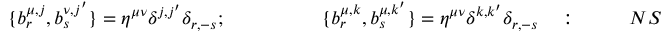
\{ b _ { r } ^ { \mu , j } , b _ { s } ^ { \nu , j ^ { \prime } } \} = \eta ^ { \mu \nu } \delta ^ { j , j ^ { \prime } } \delta _ { r , - s } ; ~ ~ ~ ~ ~ ~ ~ ~ ~ ~ ~ ~ ~ ~ ~ \{ b _ { r } ^ { \mu , k } , b _ { s } ^ { \mu , k ^ { \prime } } \} = \eta ^ { \mu \nu } \delta ^ { k , k ^ { \prime } } \delta _ { r , - s } ~ ~ ~ : ~ ~ ~ ~ ~ ~ ~ ~ N S